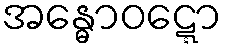
အန္ဓောဝဋ္ဋော